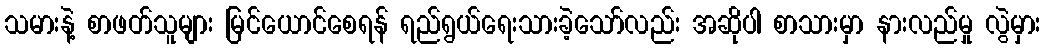
သမားနဲ့ စာဖတ်သူများ မြင်ယောင်စေရန် ရည်ရွယ်ရေးသားခဲ့သော်လည်း အဆိုပါ စာသားမှာ နားလည်မှု လွဲမှား